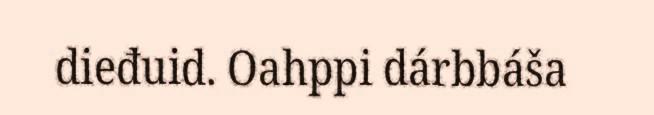
dieđuid. Oahppi dárbbáša